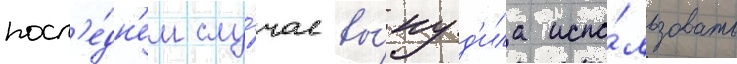
посл'е́дн'ем слу́чае вы́нуд'ила испо́льзовать